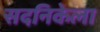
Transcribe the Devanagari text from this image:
सदनिकेला